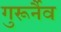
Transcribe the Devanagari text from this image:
गुरूर्नैव